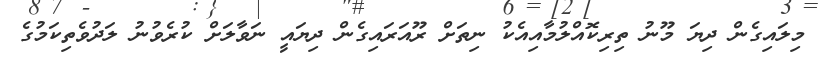
މިލައިގެން ދިޔަ މޫނު ތިރިކޮއްލުމާއިއެކު ނިތަށް ރޫއަރައިގެން ދިޔައީ ނަވާލަށް ކުރެވުނު ލަދުވެތިކަމުގެ